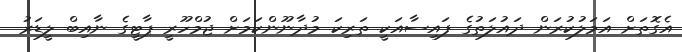
އެގޮތަށް އަމަލުކުރަން ދައުލަތުގެ ފައިސާއަކީ ތަރިކަ މުދާނޫންކަމަށް ޖުމްހޫރީ ޕާޓީގެ ނާއިބް ލީޑަރު